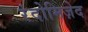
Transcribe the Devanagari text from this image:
रंदोमिज़ेद